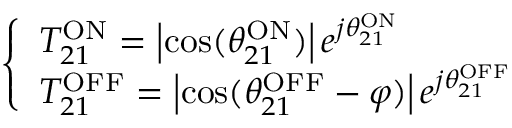
\left\{ \begin{array} { l } { T _ { 2 1 } ^ { \mathrm { O N } } = \left| \cos ( \theta _ { 2 1 } ^ { \mathrm { O N } } ) \right| e ^ { j \theta _ { 2 1 } ^ { \mathrm { O N } } } } \\ { T _ { 2 1 } ^ { \mathrm { O F F } } = \left| \cos ( \theta _ { 2 1 } ^ { \mathrm { O F F } } - \varphi ) \right| e ^ { j \theta _ { 2 1 } ^ { \mathrm { O F F } } } } \end{array} \right.